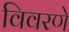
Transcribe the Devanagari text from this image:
विवरणे